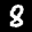
Label: 8